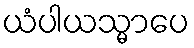
ယံပါယသ္မာပေ